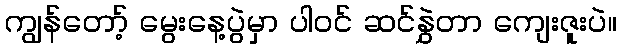
ကျွန်တော့် မွေးနေ့ပွဲမှာ ပါဝင် ဆင်နွှဲတာ ကျေးဇူးပဲ။